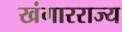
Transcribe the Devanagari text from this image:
खंगारराज्य